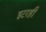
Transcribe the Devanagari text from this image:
इटरही